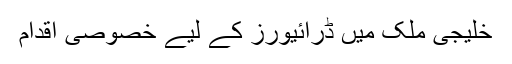
خلیجی ملک میں ڈرائیورز کے لیے خصوصی اقدام